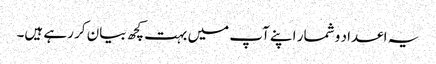
یہ اعداد و شمار اپنے آپ میں بہت کچھ بیان کر رہے ہیں۔